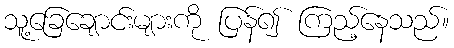
သူ့ခြေချောင်းများကို ပြန်၍ ကြည့်နေသည်။